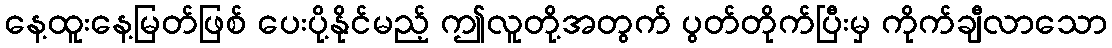
နေ့ထူးနေ့မြတ်ဖြစ် ပေးပို့နိုင်မည့် ဤလူတို့အတွက် ပွတ်တိုက်ပြီးမှ ကိုက်ချီလာသော